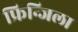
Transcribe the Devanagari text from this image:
फ्रिन्जिला